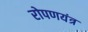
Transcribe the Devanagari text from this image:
रोपणयंत्र